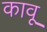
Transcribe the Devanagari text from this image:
कावू